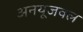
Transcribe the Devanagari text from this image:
अनयूजवल